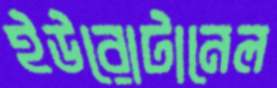
ইউরোটানেল